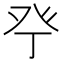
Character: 𱱴